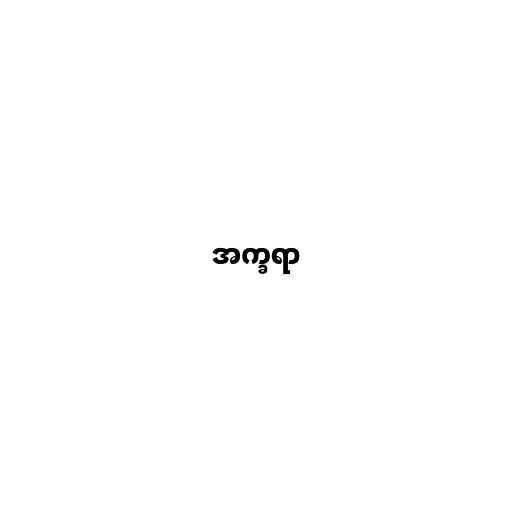
အက္ခရာ